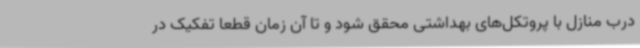
درب منازل با پروتکل‌های بهداشتی محقق شود و تا آن زمان قطعا تفکیک در